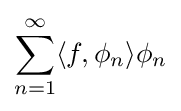
\sum _{n=1}^{\infty }\langle f,\phi _{n}\rangle \phi _{n}